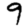
Digit: 9